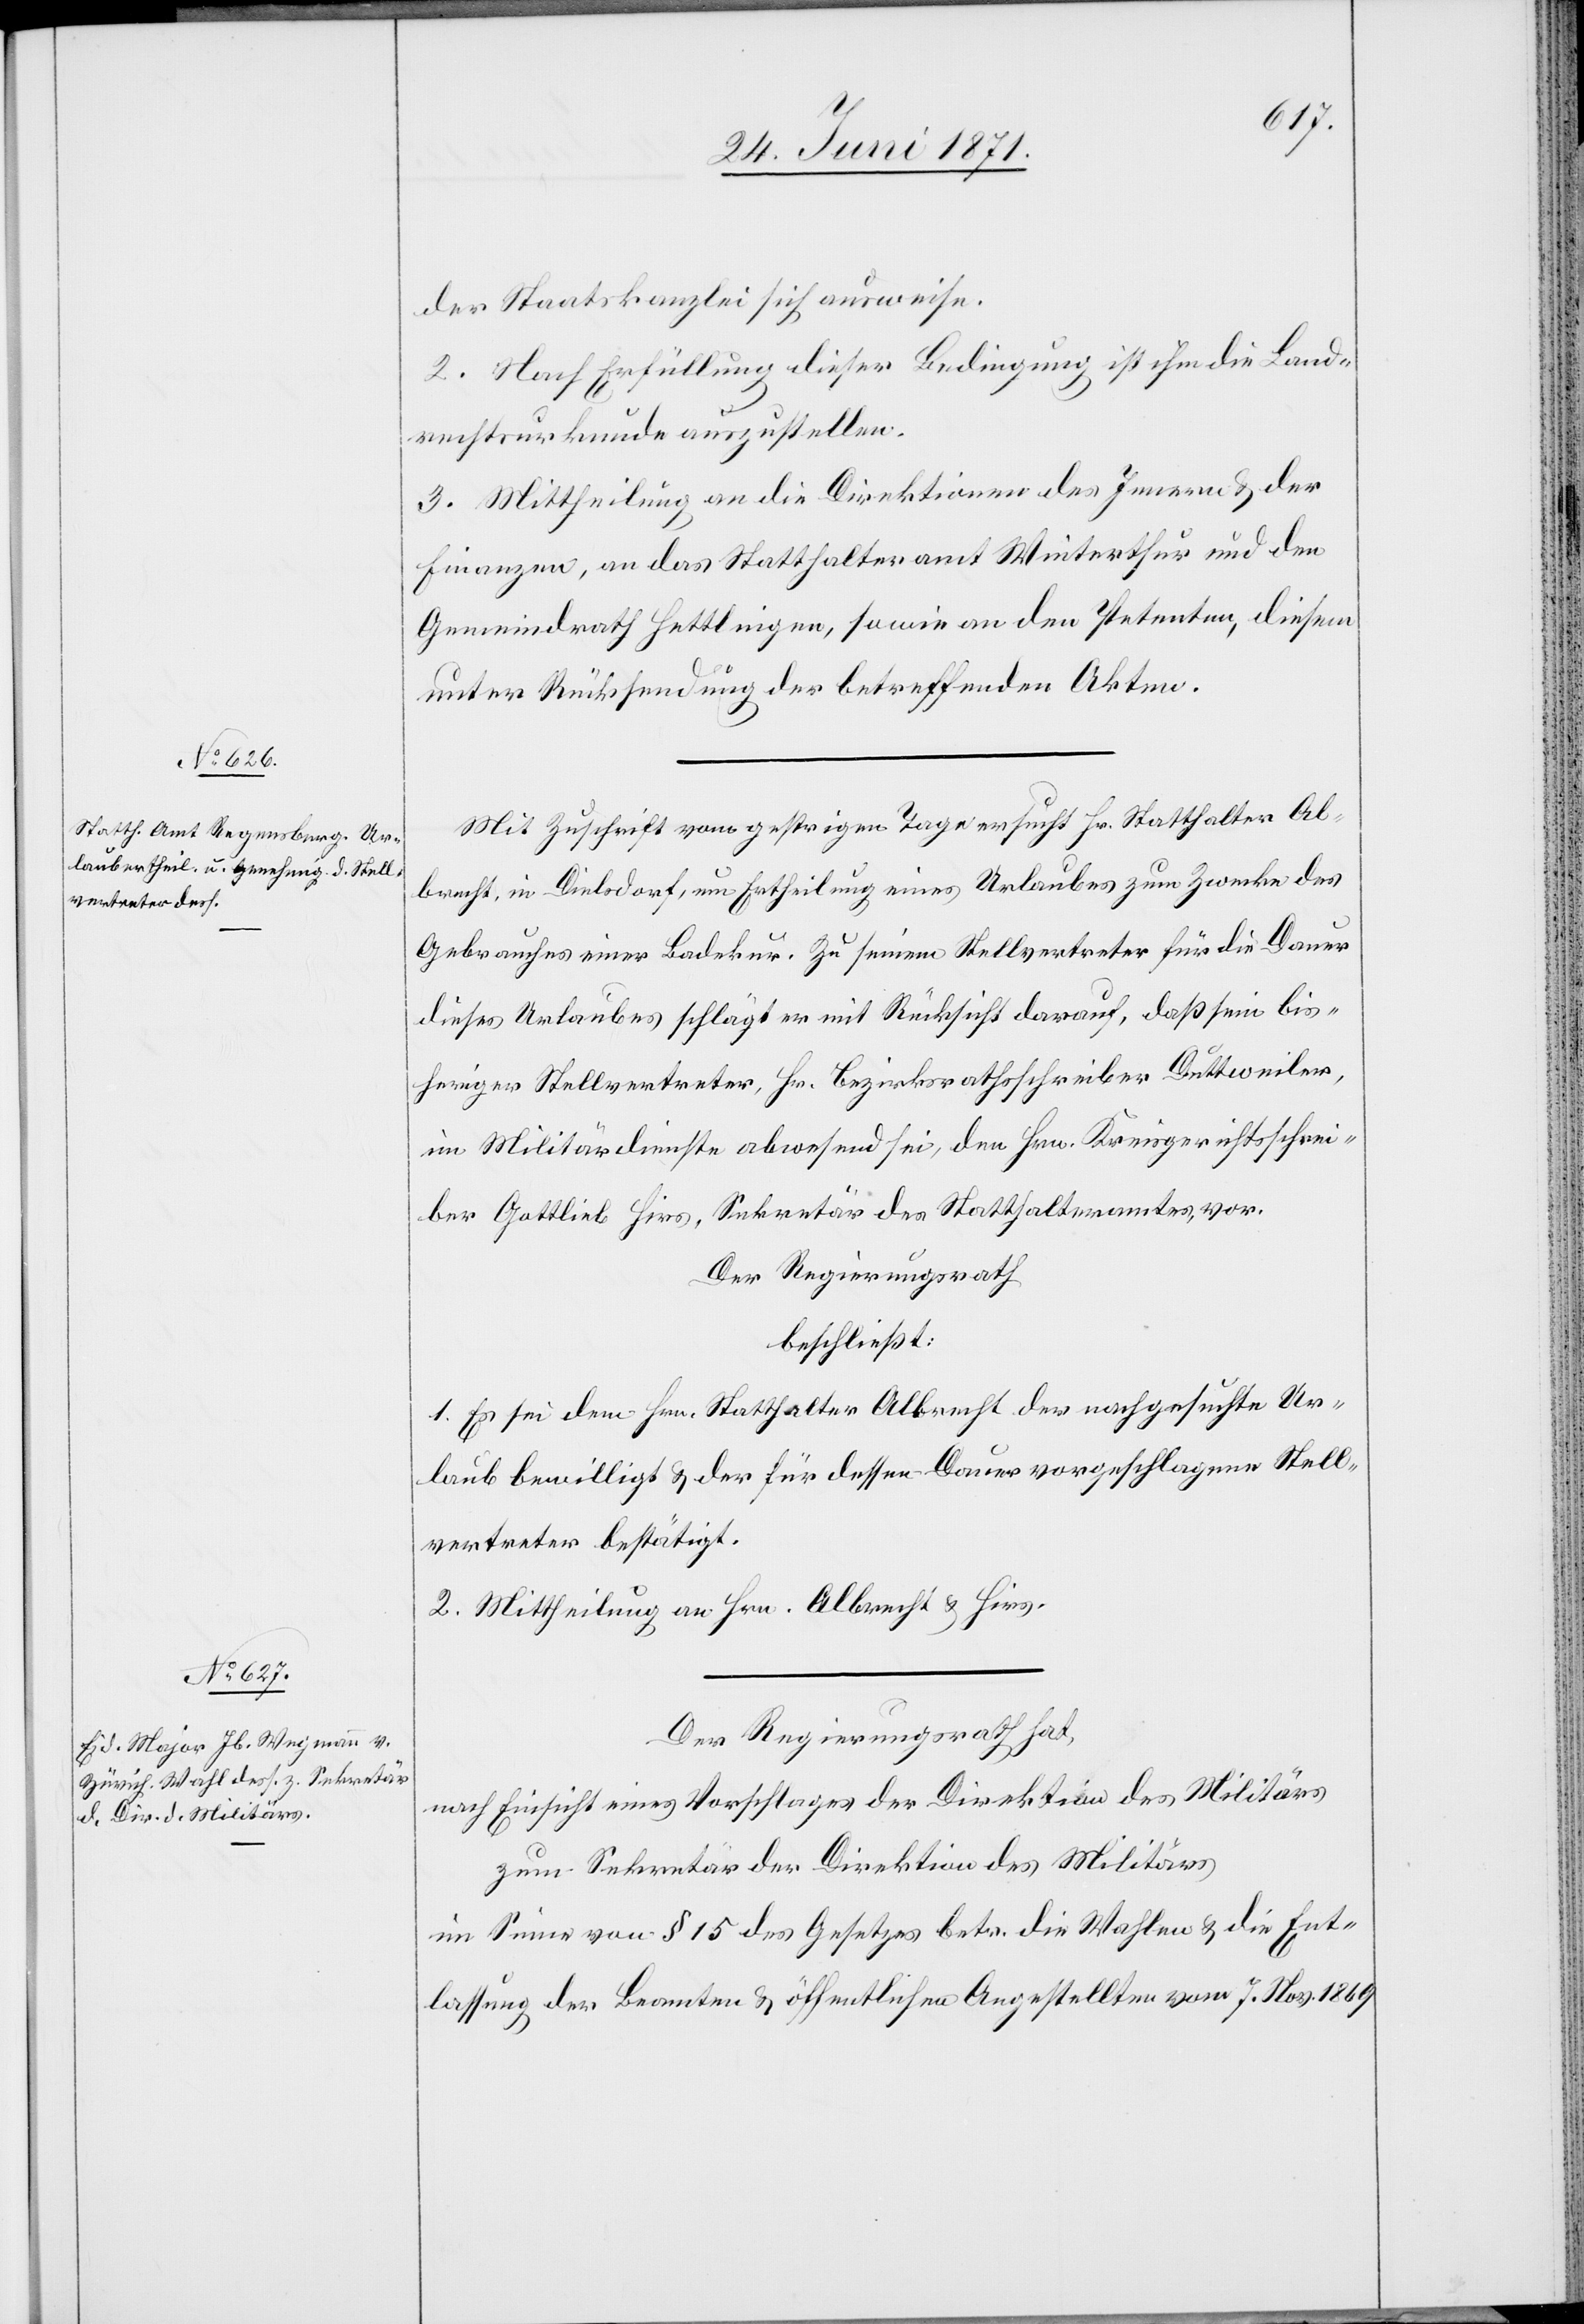
der Staatskanzlei sich ausweise.
2. Nach Erfüllung dieser Bedingung ist ihm die Land¬
rechtsurkunde auszustellen.
3. Mittheilung an die Direktion des Innern u. der
Finanzen, an das Statthalteramt Winterthur und den
Gemeindrath Hettlingen, sowie an den Petenten, diesem
unter Rücksendung der betreffenden Akten.
Mit Zuschrift vom gestrigen Tage ersucht Hr. Statthalter Al¬
brecht, in Dielsdorf, um Ertheilung eines Urlaubes zum Zwecke des
Gebrauches einer Badekur. Zu seinem Stellvertreter für die Dauer
dieses Urlaubes schlägt er mit Rücksicht darauf, daß sein bis¬
heriger Stellvertreter, Hr. Bezirksrathsschreiber Duttweiler,
im Militärdienste abwesend sei, den Hrn. Kreisgerichtsschrei¬
ber Gottlieb Hirs, Sekretär des Statthalteramtes, vor.
Der Regierungsrath
beschließt:
1. Es sei dem Hrn. Statthalter Albrecht der nachgesuchte Ur¬
laub bewilligt u. der für dessen Dauer vorgeschlagene Stell¬
vertreter bestätigt.
2. Mittheilung an Hrn. Albrecht u. Hirs.
Der Regierungsrath hat,
nach Einsicht eines Vorschlages der Direktion des Militärs
zum Sekretär der Direktion des Militärs
im Sinne von § 15 des Gesetzes betr. die Wahlen u. die Ent¬
lassung der Beamten u. öffentlichen Angestellten vom 7. Nov. 1869